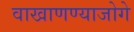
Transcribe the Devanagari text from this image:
वाखाणण्याजोगे